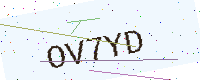
Text: OV7YD